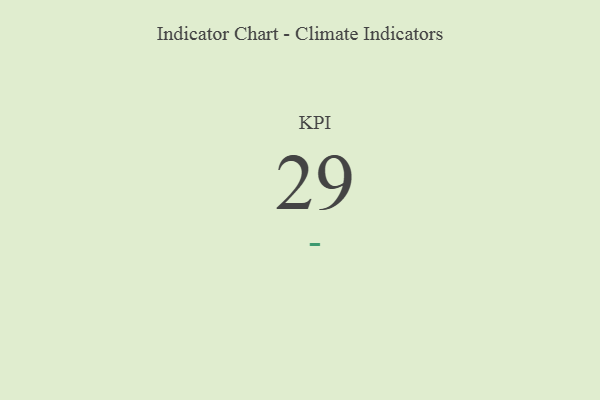
{"axis": {"x": "KPI", "y": "Value"}, "legend": [""], "data": [{"x": "KPI", "y": 29, "type": ""}]}